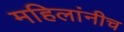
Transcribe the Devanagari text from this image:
महिलांनीच